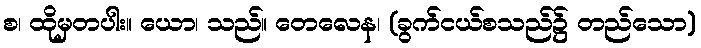
စ၊ ထိုမှတပါး။ ယော၊ သည်။ တေလေန၊ (ခွက်ငယ်စသည်၌ တည်သော)